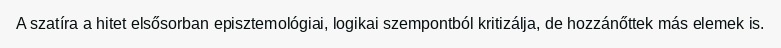
A szatíra a hitet elsősorban episztemológiai, logikai szempontból kritizálja, de hozzánőttek más elemek is.